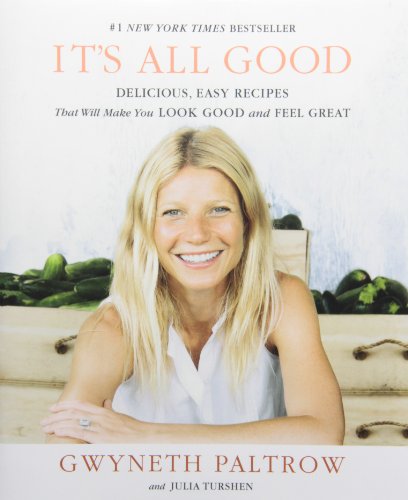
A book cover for IT'S ALL GOOD: Delicious, Easy Recipes That Will Make You Look Good and Feel Great; Gwyneth Paltrow; Health, Fitness & Dieting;